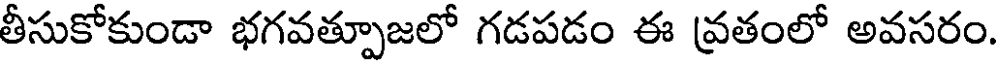
తీసుకోకుండా భగవత్పూజలో గడపడం ఈ వ్రతంలో అవసరం.